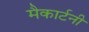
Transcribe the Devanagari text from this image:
मैकार्टनी